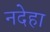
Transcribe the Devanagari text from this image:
नदेहा